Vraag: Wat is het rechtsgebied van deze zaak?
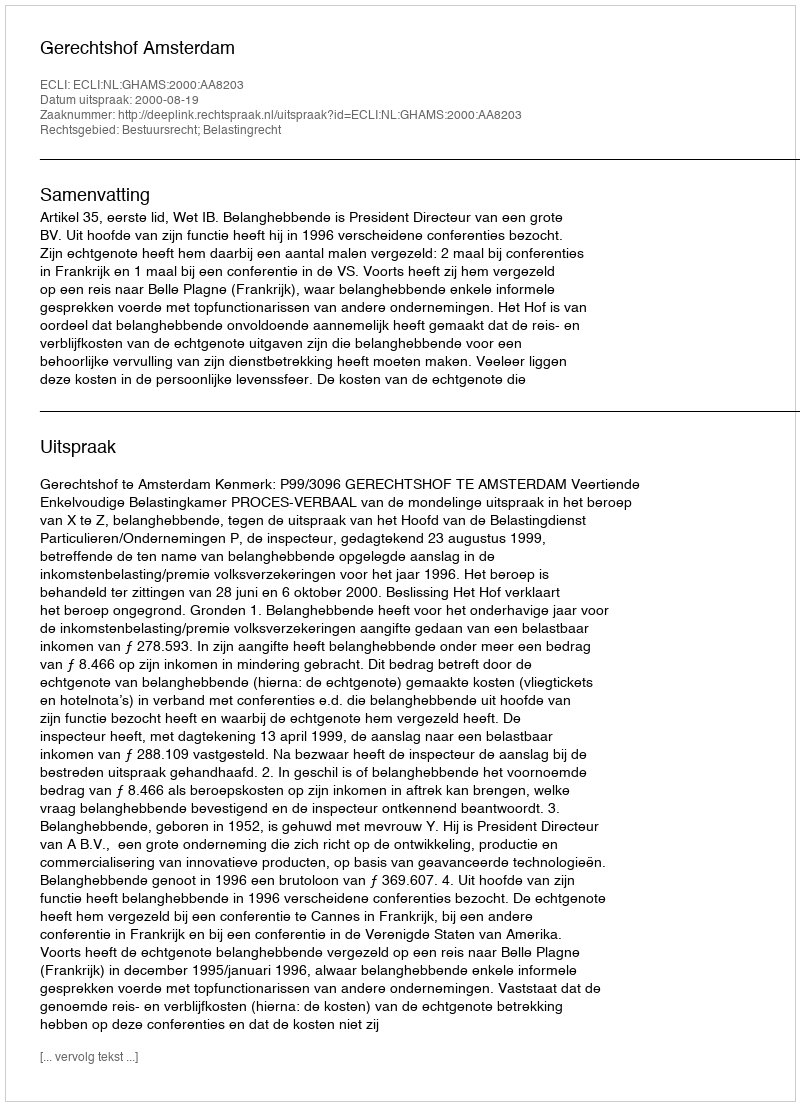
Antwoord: Bestuursrecht; Belastingrecht